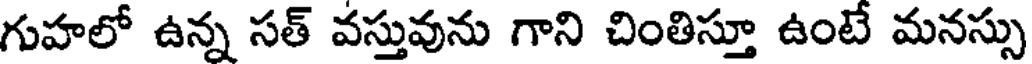
గుహలో ఉన్న సత్ వస్తువును గాని చింతిస్తూ ఉంటే మనస్సు